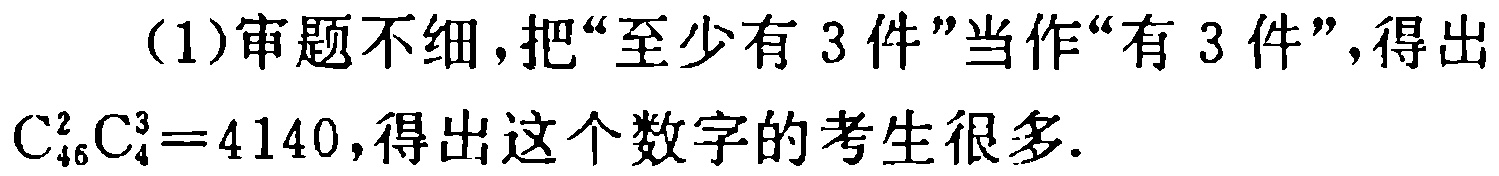
（1）审题不细，把“至少有 3 件”当作“有 3 件”，得出\(C_{46}^{2}C_{4}^{3}=4140\)，得出这个数字的考生很多.